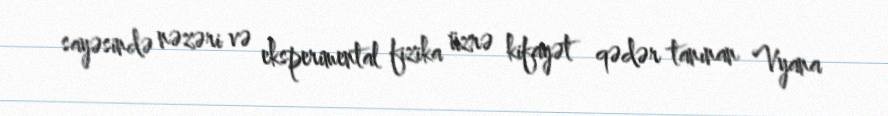
sayəsində nəzəri və eksperimental fizika üzrə kifayət qədər tanınan Vyana